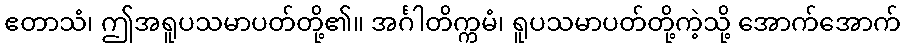
ဧတာသံ၊ ဤအရူပသမာပတ်တို့၏။ အင်္ဂါတိက္ကမံ၊ ရူပသမာပတ်တို့ကဲ့သို့ အောက်အောက်